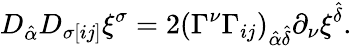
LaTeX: D_{\hat{\alpha}}D_{\sigma[ij]}\xi^{\sigma}=2(\Gamma^{\nu}\Gamma_{ij})_{\hat{\alpha}\hat{\delta}}\partial_{\nu}\xi^{\hat{\delta}}.